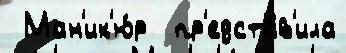
 Ман'ик'ю́р  пр'едста́в'ила